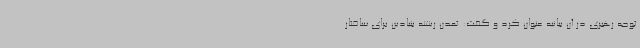
توجه رهبری در آن بیانیه عنوان کرد و گفت: تمدن ریشه بنیادین برای ساختار